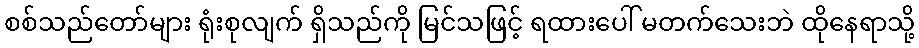
စစ်သည်တော်များ ရုံးစုလျက် ရှိသည်ကို မြင်သဖြင့် ရထားပေါ် မတက်သေးဘဲ ထိုနေရာသို့